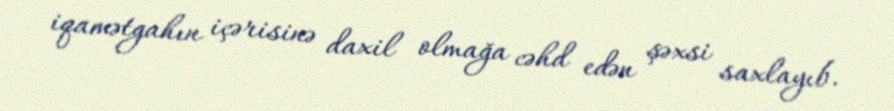
iqamətgahın içərisinə daxil olmağa cəhd edən şəxsi saxlayıb.